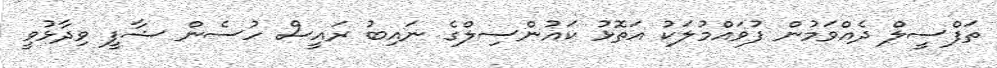
ތަފްސީލް ދެއްވަމުން ފުވައްމުލަކު އަތޮޅު ކައުންސިލްގެ ނައިބު ރައީސް ހުސެން ޝާފީ ވިދާޅުވީ